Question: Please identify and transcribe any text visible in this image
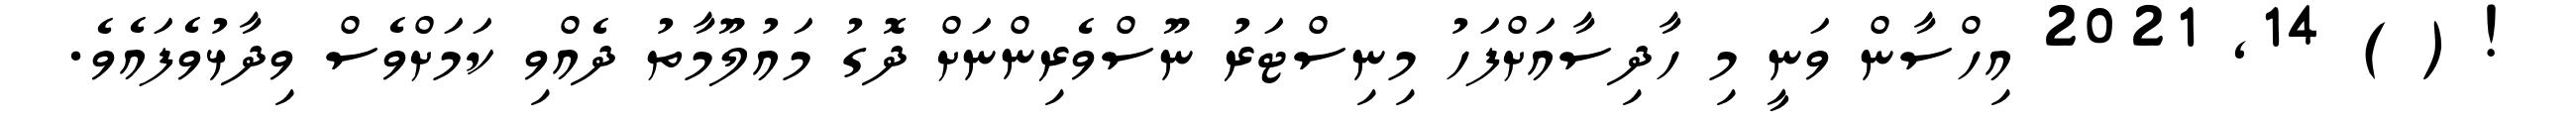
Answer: ! ( ) 14, 2021 އިހްސާން ވަނީ މި ހާދިސާއަށްފަހު މިނިސްޓަރު ނޫސްވެރިންނަށް ދޮގު މައުލޫމާތު ދެއްވި ކަމަށްވެސް ވިދާޅުވެފައެވެ.